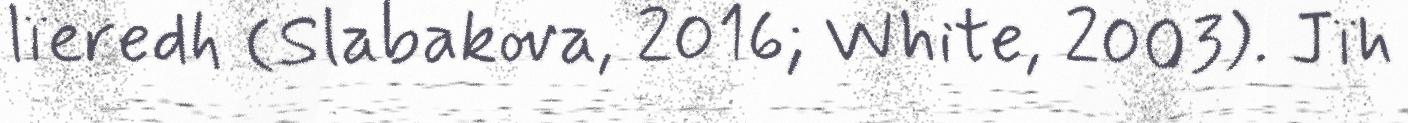
lïeredh (Slabakova, 2016; White, 2003). Jïh